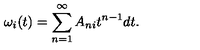
\omega _ { i } ( t ) = \sum _ { n = 1 } ^ { \infty } A _ { n i } t ^ { n - 1 } d t .